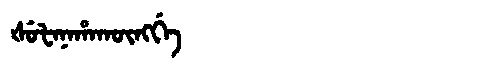
Manchu: ᡧᡠᡶᠠᠨᠠᡥᠠᡴᡡᠩᡤᡝ
Romanization: ŠUFANAHAKŪNGGE